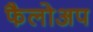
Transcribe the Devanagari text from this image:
फैलोअप